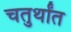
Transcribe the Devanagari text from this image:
चतुर्थांत